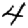
Digit: 4